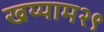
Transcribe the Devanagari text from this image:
खय्याम२९